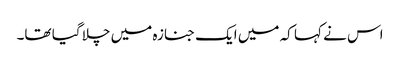
اس نے کہا کہ میں ایک جنازہ میں چلا گیا تھا۔